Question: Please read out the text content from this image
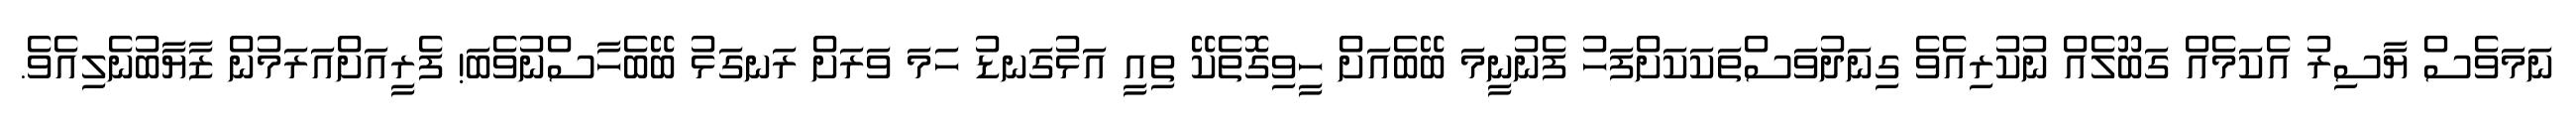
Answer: ނަމަވެސް ޔާސިރު އެކަމެއް ގަބޫލެއް ނުކުރިއެވެ ގިނަދުވަސްތަކަކަށްފަހު ފެނުނީމަ ބޭބެއަށް ހީވިގޮތެކޭ ތިއީ އަޅުގަނޑު ހަމަ ވަރަށް ރަނގަޅު ބޭބެހާސްނުވެބަ! ފެރީއަށްއަރަމުން ޒާޔާބުނެލިއެވެ.